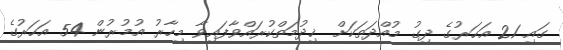
ގައި 21 އަހަރުގެ ދިގު މުއްދަތަކަށް ޚިދުމަތްކުރައްވާފައިވާ މިހާރު އުމުރުން 54 އަހަރުގެ